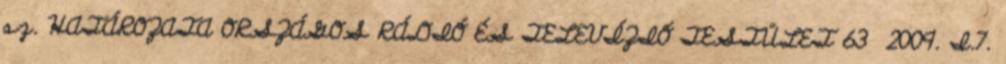
sz. HATÁROZATA ORSZÁGOS RÁDIÓ ÉS TELEVÍZIÓ TESTÜLET 63 2009. I.7.